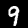
Label: 9